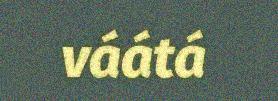
váátá